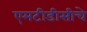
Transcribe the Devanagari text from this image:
एमटीडीसीचे